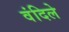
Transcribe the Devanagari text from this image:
वंदिले